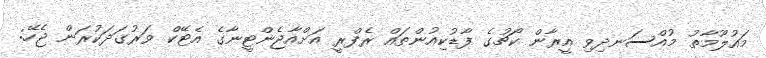
މައުލޫމާތު މުއްސަނދިވި އީރާން ކޯޗުގެ ފާޑުކިއުންތައް ރެފްރީ އަށްއާޖެންޓީނާގެ އެޓޭކް ވަރުގަދަކުރަން ޖެހޭ: